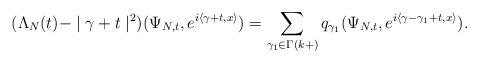
LaTeX: \begin{align*}(\Lambda_{N}(t)-\mid\gamma+t\mid^{2})(\Psi_{N,t},e^{i\left\langle\gamma+t,x\right\rangle })=\sum_{\gamma_{1}\in\Gamma(k+)}q_{\gamma_{1}}(\Psi_{N,t},e^{i\left\langle \gamma-\gamma_{1}+t,x\right\rangle }).\end{align*}